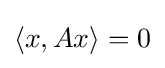
{\textstyle \langle x,Ax\rangle =0}